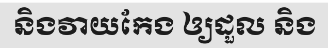
និងវាយកែង ឲ្យដួល និង